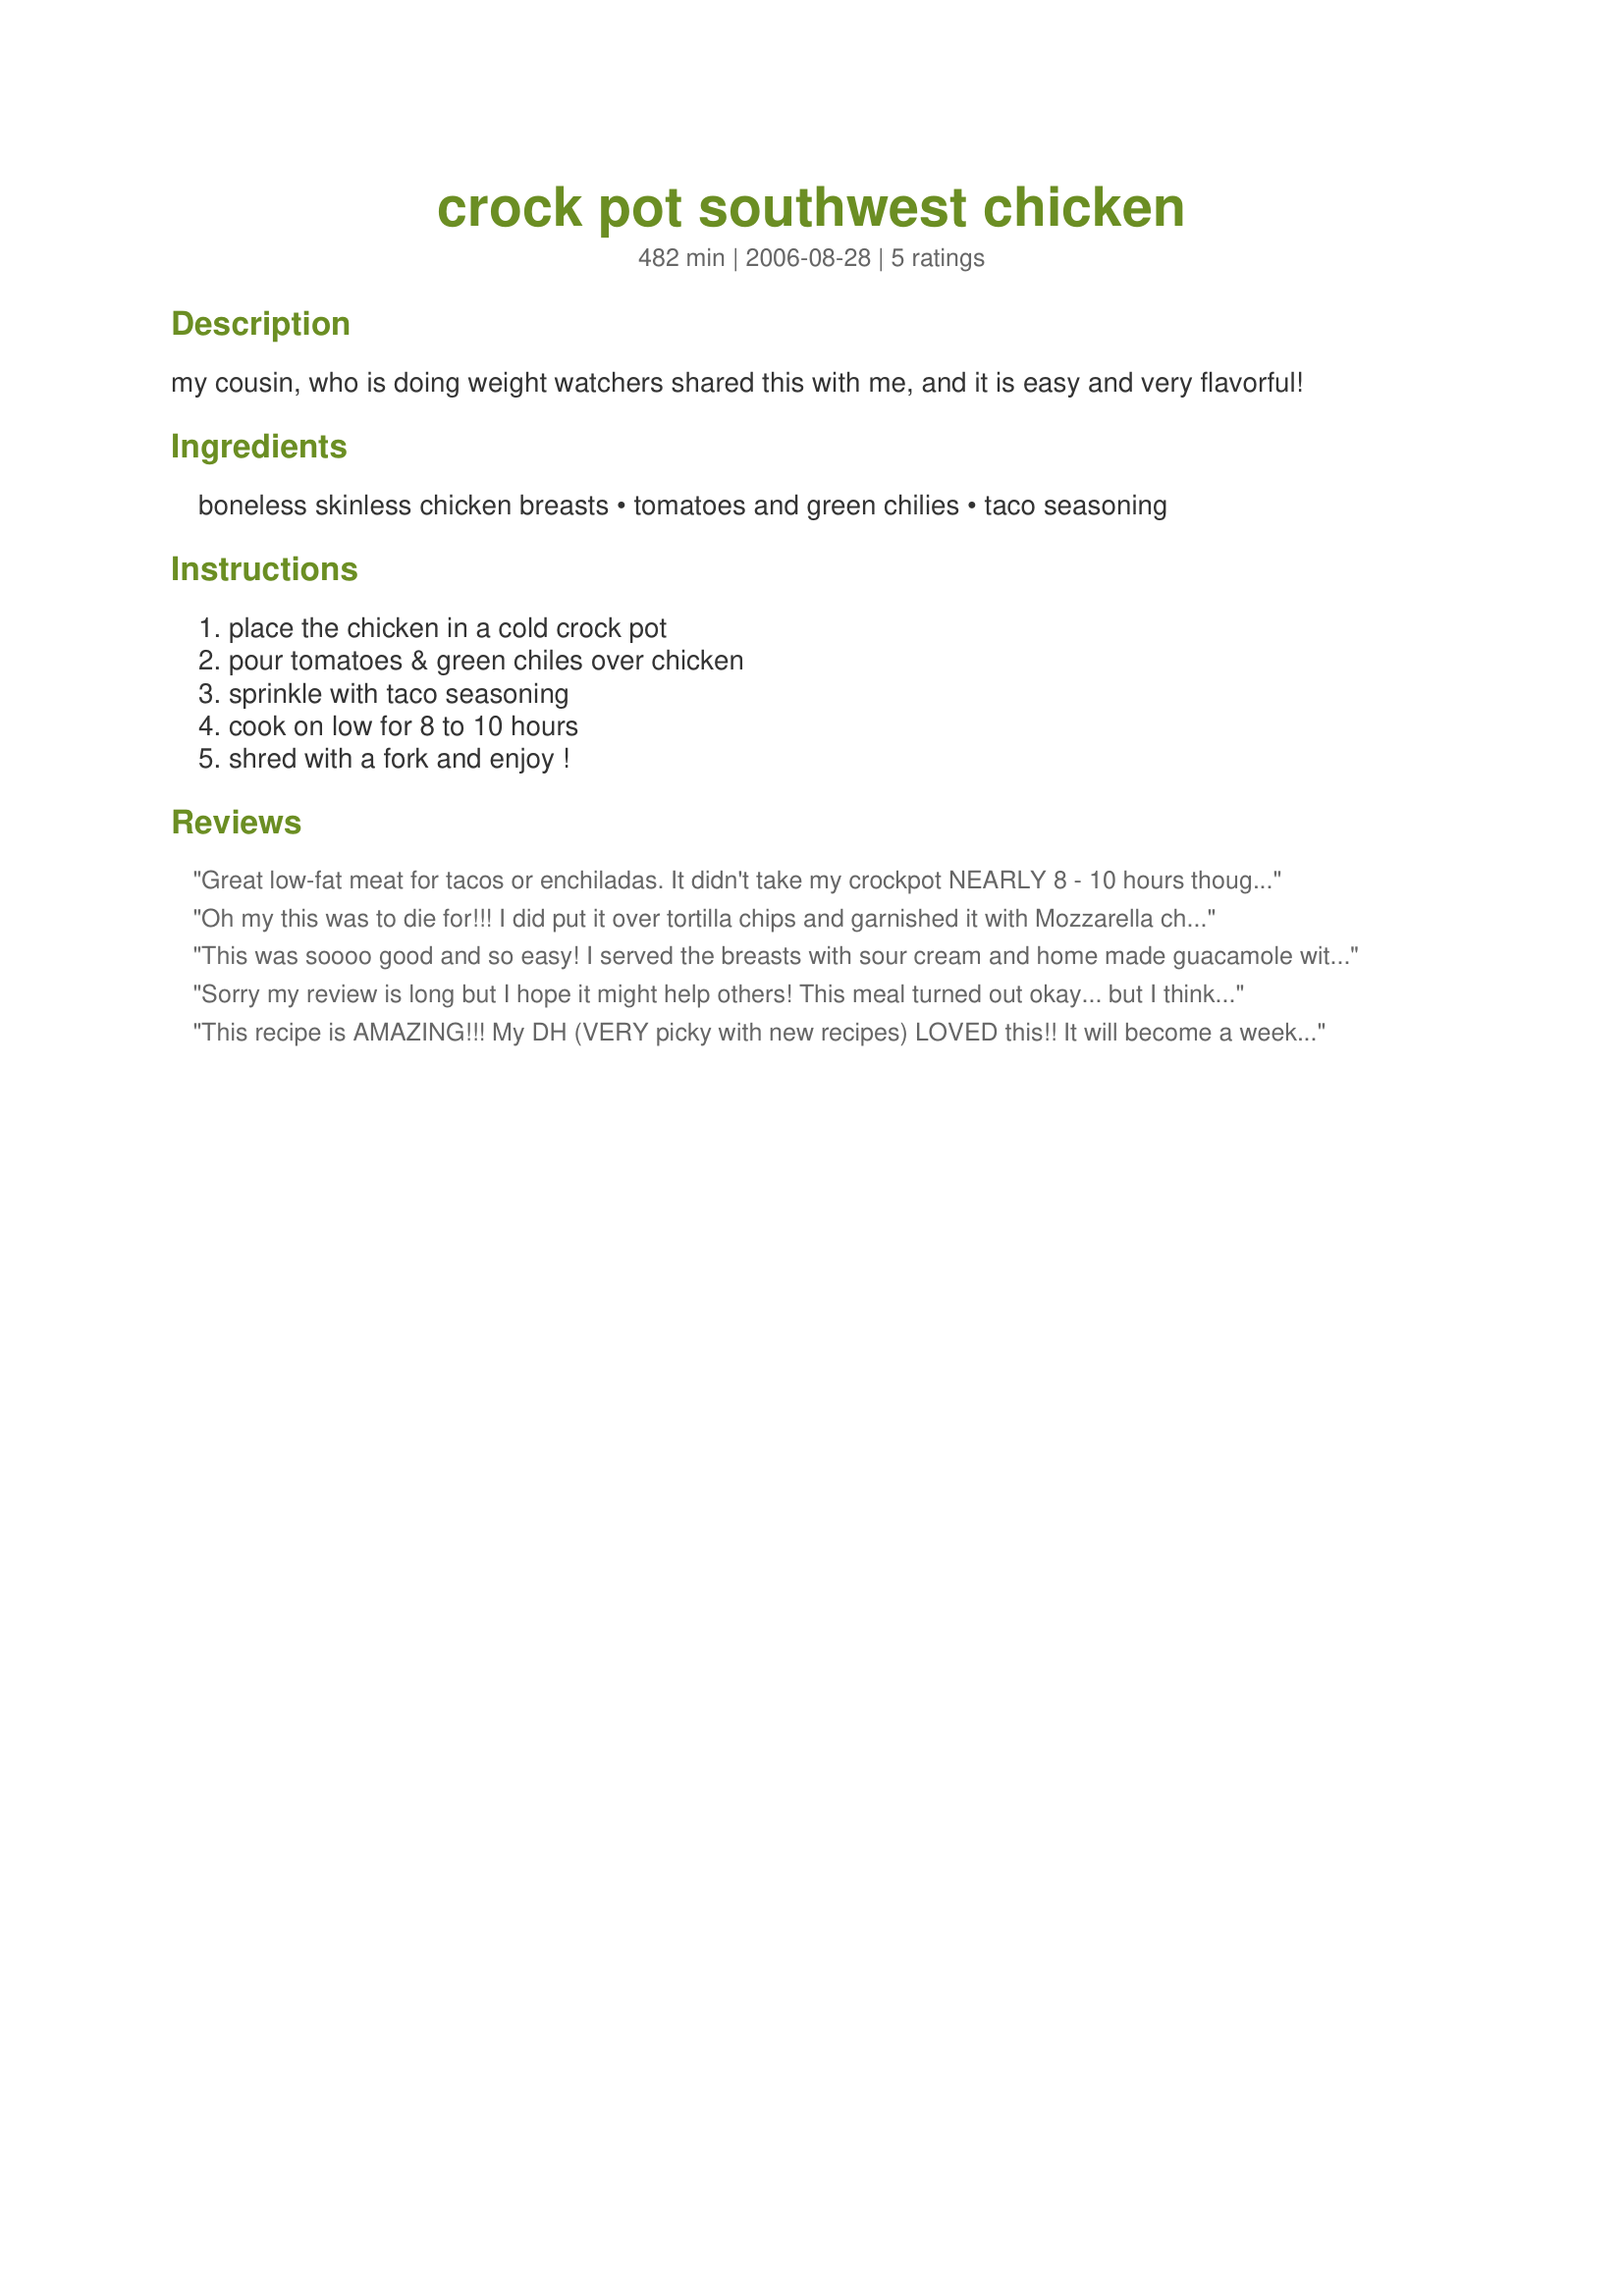
crock pot southwest chicken
Preparation time: 482 minutes

my cousin, who is doing weight watchers shared this with me, and it is easy and very flavorful!

Ingredients:
boneless skinless chicken breasts, tomatoes and green chilies, taco seasoning

Steps:
place the chicken in a cold crock pot, pour tomatoes & green chiles over chicken, sprinkle with taco seasoning, cook on low for 8 to 10 hours, shred with a fork and enjoy !

Reviews:
Great low-fat meat for tacos or enchiladas. It didn't take my crockpot NEARLY 8 - 10 hours though, even on low. It was done in about 3!
Oh my this was to die for!!! I did put it over tortilla chips and garnished it with Mozzarella cheese, and sour cream. This was so easy to make and so cheap!! I am going to be making this a lot. Thank you so much!!!!!!!
This was soooo good and so easy! I served the breasts with sour cream and home made guacamole with tortilla chips on the side, and a side caesar salad. I had some chopped cilantro left over from the guacamole and I sprinkled some of it in the crock pot with the chicken. I was pressed for time so I cooked this on high and it was done in like 2 1/2 to 3 hours. I will definitely make again. Left overs would be great shredded for chicken tacos or to put in a chicken casserole. Thanks for the yummy recipe.
Sorry my review is long but I hope it might help others! This meal turned out okay... but I think I'll make some changes next time. I used 3 large chicken breasts which were frozen. I did thaw them out in the microwave enough to easily remove from the package. I chopped up 2 large tomatoes from my mother's garden and half an onion. I added each on top of the breasts and then sprinkled the seasoning over everything. I only had half a packet of the taco seasoning so I also added some faquita seasoning but both together were still short of a full packet. I then set my crock pot on low for 8 hours. The chicken smelled delicious while cooking and my husband could hardly wait to dig in. After shredding, I sampled some and the chicken seemed to lack flavor. I cooked the shredded chicken an additional 30 min after "mixing" everything together a bit and that helped. We wrapped the chicken up in tortillas and added cheese and sour cream. Next time I'm going to thaw my meat first and pour a full packet of seasoning directly on the meat before adding the tomatoes and onion. I'm also curious to try the green chilies. My husband suggested cooking it with Green Giant's "mexicorn" - which we ended up having on the side.
This recipe is AMAZING!!! My DH (VERY picky with new recipes) LOVED this!! It will become a weekly meal in our house. It is SO easy. I left the chicken breasts whole, served them with a little of the tomatoes on top, Spanish rice (instant rice with the tomatoes mixed in) and corn bread muffins. This is SERIOUSLY..DELICIOUS!
